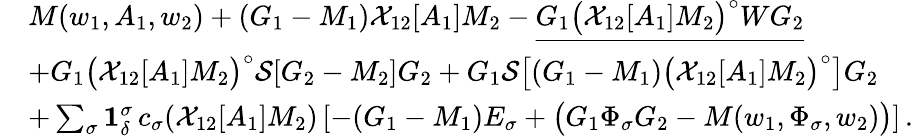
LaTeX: \begin{array}{rl}&{M(w_{1},A_{1},w_{2})+(G_{1}-M_{1})\mathcal{X}_{12}[A_{1}]M_{2}-\underline{{G_{1}\big(\mathcal{X}_{12}[A_{1}]M_{2}\big)^{\circ}WG_{2}}}}\\ &{+G_{1}\big(\mathcal{X}_{12}[A_{1}]M_{2}\big)^{\circ}\mathcal{S}[G_{2}-M_{2}]G_{2}+G_{1}\mathcal{S}\big[(G_{1}-M_{1})\big(\mathcal{X}_{12}[A_{1}]M_{2}\big)^{\circ}\big]G_{2}}\\ &{+\sum_{\sigma}\mathbf{1}_{\delta}^{\sigma}\, c_{\sigma}(\mathcal{X}_{12}[A_{1}]M_{2})\left[-(G_{1}-M_{1})E_{\sigma}+\big(G_{1}\Phi_{\sigma}G_{2}-M(w_{1},\Phi_{\sigma},w_{2})\big)\right]\, .}\end{array}